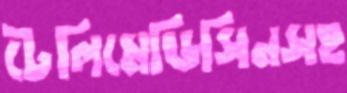
টেলিমেডিসিনসহ